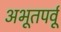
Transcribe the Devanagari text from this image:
अभूतपर्वू